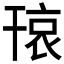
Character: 𱜾